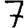
Digit: 7